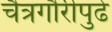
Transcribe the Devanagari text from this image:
चैत्रगौरीपुढे